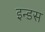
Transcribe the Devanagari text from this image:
इन्‍डस